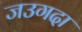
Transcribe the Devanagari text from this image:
जउगदा